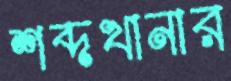
শব্দখানার